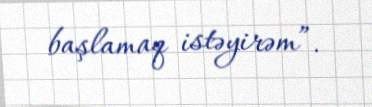
başlamaq istəyirəm”.